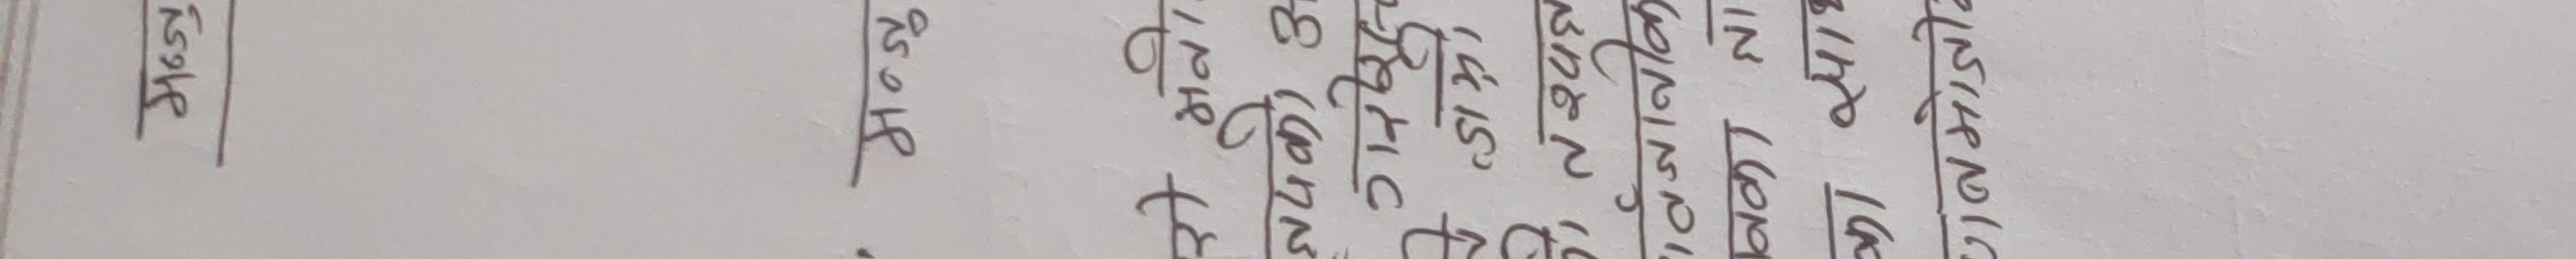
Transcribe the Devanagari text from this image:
रु १६५१-
रु ४०१८०
दावी लागत रु ५०/२५०/५००/१०,०००/-
बीमाशुल्क रु ५,९४०/-
जम्मा बीमाशुल्क रु ११,४८०/-
जम्मा रु १६,४२०/-
कुल बीमांक रु ११,२९,५७६/-